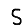
Digit: 5